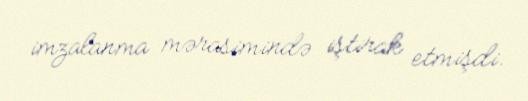
imzalanma mərasimində iştirak etmişdi.